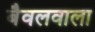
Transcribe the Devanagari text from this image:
बैवलवाला